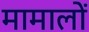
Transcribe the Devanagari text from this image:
मामालों